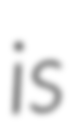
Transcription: is